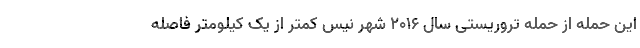
این حمله از حمله تروریستی سال ۲۰۱۶ شهر نیس کمتر از یک کیلومتر فاصله